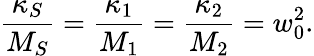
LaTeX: \frac{\kappa_{S}}{M_{S}}=\frac{\kappa_{1}}{M_{1}}=\frac{\kappa_{2}}{M_{2}}=w_{0}^{2}.